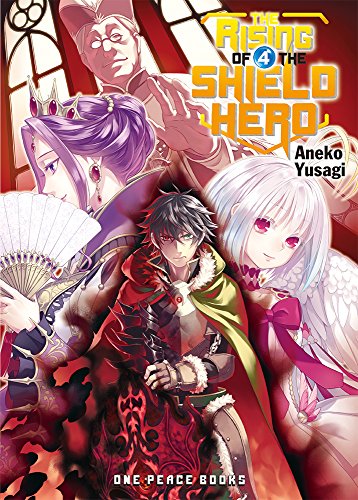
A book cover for The Rising of the Shield Hero Volume 04; Aneko Yusagi; Comics & Graphic Novels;